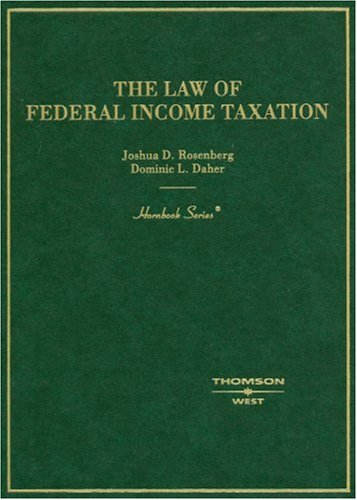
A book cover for The Law of Federal Income Taxation (Hornbook); Joshua Rosenberg; Law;